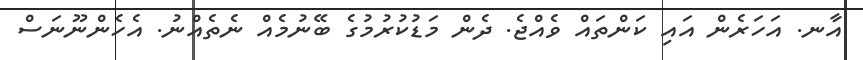
އާނ. އަހަރެން އައި ކަންތައް ވެއްޖެ. ދެން މަޑުކުރުމުގެ ބޭނުމެއް ނެތެއްނު. އެހެންނޫނަސް